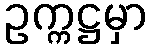
ဥက္ကဋ္ဌမှာ